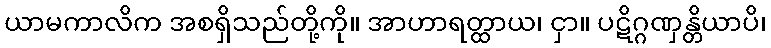
ယာမကာလိက အစရှိသည်တို့ကို။ အာဟာရတ္ထာယ၊ ငှာ။ ပဋိဂ္ဂဏှန္တိယာပိ၊